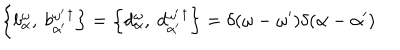
\left\{ b _ { \alpha } ^ { \omega } , ~ b _ { \alpha ^ { \prime } } ^ { \omega ^ { \prime } } { } ^ { \dagger } \right\} = \left\{ d _ { \alpha } ^ { \omega } , ~ d _ { \alpha ^ { \prime } } ^ { \omega ^ { \prime } } { } ^ { \dagger } \right\} = \delta ( \omega - \omega ^ { \prime } ) \delta ( \alpha - \alpha ^ { \prime } )